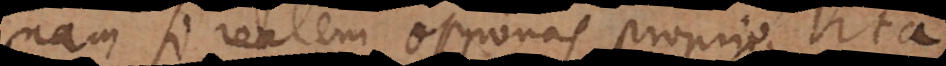
nam si realem opponas proprio, ita